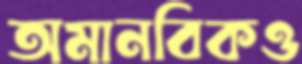
অমানবিকও